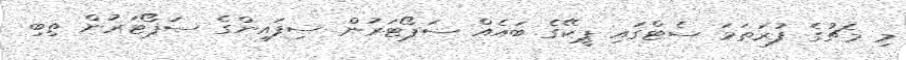
މި މެޗުގެ ފުރަތަމަ ސެޓްގައި ޕީކޭގެ ބައެއް ސަޕޯޓަރުން ސިފައިންގެ ސަޕޯޓަރުން ތިބި